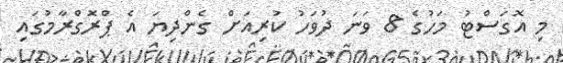
މި އޮގަސްޓު މަހުގެ 8 ވަނަ ދުވަހު ކުރިއަށް ގެންދިޔަ އެ ޕްރޮގްރާމުގައި